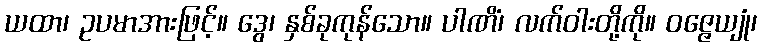
ယထာ၊ ဥပမာအားဖြင့်။ ဒွေ၊ နှစ်ခုကုန်သော။ ပါဏိံ၊ လက်ဝါးတို့ကို။ ဝဇ္ဇေယျုံ၊